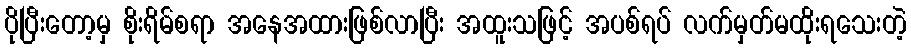
ပိုပြီးတော့မှ စိုးရိမ်စရာ အနေအထားဖြစ်လာပြီး အထူးသဖြင့် အပစ်ရပ် လက်မှတ်မထိုးရသေးတဲ့